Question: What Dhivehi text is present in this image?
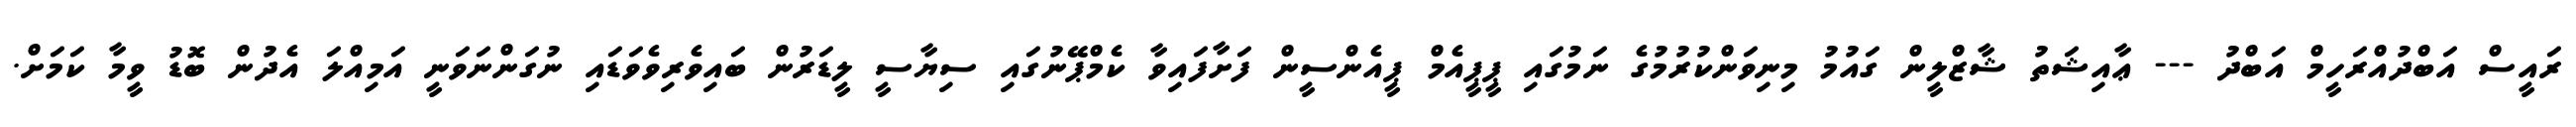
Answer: ރައީސް އަބްދުއްރަހީމް އަބްދު --- ޢާއިޝަތު ޝާޒްލީން ގައުމު މިނިވަންކުރުމުގެ ނަމުގައި ޕީޕީއެމް ޕީއެންސީން ފަށާފައިވާ ކެމްޕޭނުގައި ސިޔާސީ ލީޑަރުން ބައިވެރިވެވަޑައި ނުގަންނަވަނީ އަމިއްލަ އެދުން ބޮޑު ވީމާ ކަމަށް.